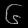
Digit: ၆